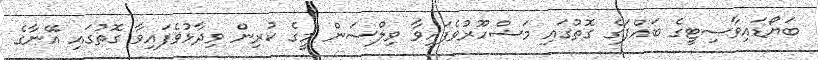
ބަޔޯޑައިވާސިޓީގެ ބައްޕަގެ ގޮތުގައި މަޝްހޫރުވެފައިވާ ވިލްސަން މީގެ ކުރިން ވިދާޅުވެފައިވާ ގޮތުގައި އޭނާގެ